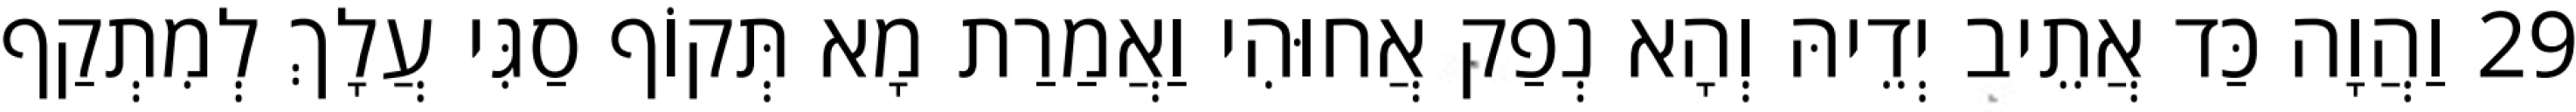
29 וַהֲוָה כַּד אֲתֵיב יְדֵיהּ וְהָא נְפַק אֲחוּהִי וַאֲמַרַת מָא תְּקוֹף סַגִּי עֲלָךְ לְמִתְקַף